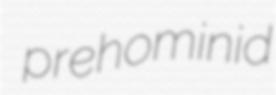
prehominid